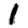
Digit: 1